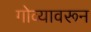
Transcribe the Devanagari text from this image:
गोव्यावरून